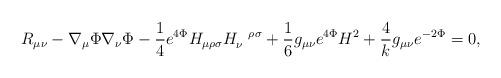
LaTeX: \begin{align*}R_{\mu\nu} - \nabla_\mu \Phi \nabla_\nu \Phi -{1\over 4} e^{ 4 \Phi} H_{\mu \rho \sigma} H_\nu^{~~\rho \sigma} + {1 \over 6} g_{\mu\nu} e^{4 \Phi} H^2 + {4 \over k} g_{\mu\nu} e^{-2 \Phi} = 0,\end{align*}